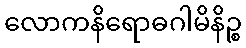
လောကနိရောဓဂါမိနိဉ္စ